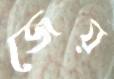
জেয়